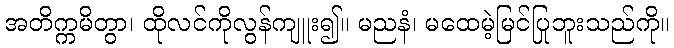
အတိက္ကမိတွာ၊ ထိုလင်ကိုလွန်ကျူး၍။ မညနံ၊ မထေမဲ့မြင်ပြုဘူးသည်ကို။